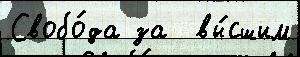
Свобо́да за  вы́сшим